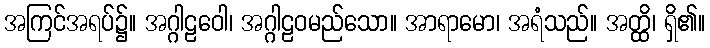
အကြင်အရပ်၌။ အဂ္ဂါဠဝေါ၊ အဂ္ဂါဠဝမည်သော။ အာရာမော၊ အရံသည်။ အတ္ထိ၊ ရှိ၏။